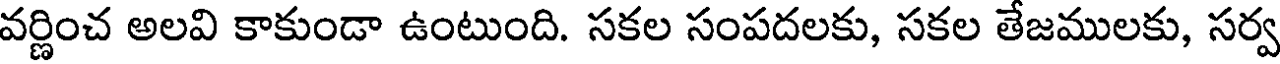
వర్ణించ అలవి కాకుండా ఉంటుంది. సకల సంపదలకు, సకల తేజములకు, సర్వ